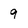
Character: 9